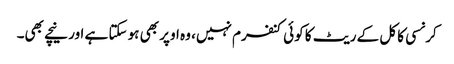
کرنسی کا کل کے ریٹ کا کوئی کنفرم نہیں، وہ اوپر بھی ہو سکتا ہے اور نیچے بھی۔